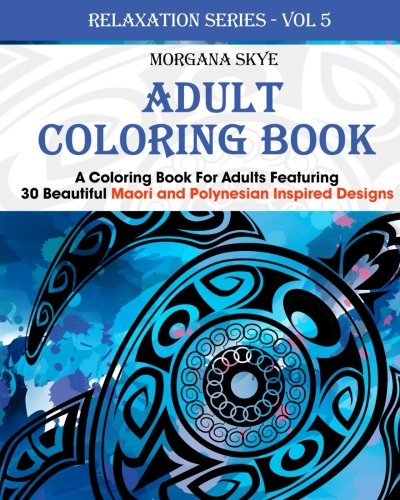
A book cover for Adult Coloring Book: Coloring Book For Adults Featuring 30 Beautiful Moari and Polynesian Inspired Designs (Relaxation Series) (Volume 5); Morgana Skye; Arts & Photography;